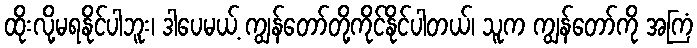
ထိုးလို့မရနိုင်ပါဘူး၊ ဒါပေမယ့် ကျွန်တော်တို့ကိုင်နိုင်ပါတယ်၊ သူက ကျွန်တော်ကို အကြံ